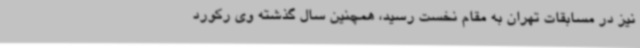
نیز در مسابقات تهران به مقام نخست رسید، همچنین سال گذشته وی رکورد